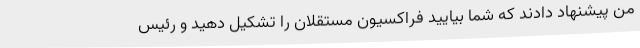
من پیشنهاد دادند که شما بیایید فراکسیون مستقلان را تشکیل دهید و رئیس